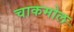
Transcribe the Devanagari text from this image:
चाकमोल